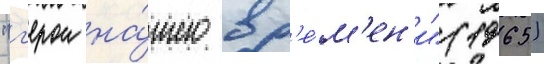
"г'ерои на́шего вр'е́м'ен'и" (1965)